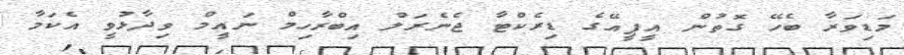
މަޑިވަރާ ބެހޭ ގޮތުން އީޕީއޭގެ ޑިރެކްޓާ ޖެނެރަލް އިބްރާހިމް ނައީމް ވިދާޅުވީ އެކަމާ